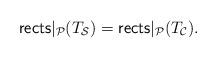
LaTeX: \begin{align*}\mathsf{rects}|_{\mathcal{P}}(T_\mathcal{S}) = \mathsf{rects}|_{\mathcal{P}}(T_\mathcal{C}).\end{align*}